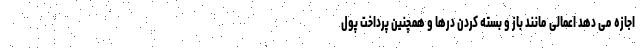
اجازه می دهد اعمالی مانند باز و بسته کردن درها و همچنین پرداخت پول